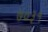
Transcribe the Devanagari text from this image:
७०३१